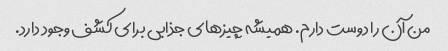
من آن را دوست دارم. همیشه چیزهای جذابی برای کشف وجود دارد.